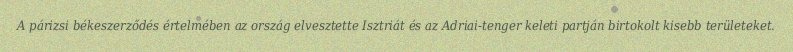
A párizsi békeszerződés értelmében az ország elvesztette Isztriát és az Adriai-tenger keleti partján birtokolt kisebb területeket.